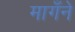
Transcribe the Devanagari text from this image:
मागँने